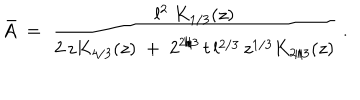
LaTeX: \bar { A } \; = \; \frac { l ^ { 2 } \; K _ { 1 / 3 } ( z ) } { 2 \, z K _ { 4 / 3 } ( z ) \; + \; 2 ^ { 2 / 3 } \, t \, l ^ { 2 / 3 } \, z ^ { 1 / 3 } K _ { 2 / 3 } ( z ) } \; .